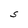
Character: S